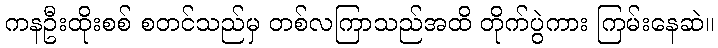
ကနဦးထိုးစစ် စတင်သည်မှ တစ်လကြာသည်အထိ တိုက်ပွဲကား ကြမ်းနေဆဲ။